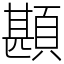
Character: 䫖